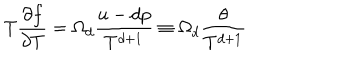
T \frac { \partial f } { \partial T } = \Omega _ { d } \frac { u - d p } { T ^ { d + 1 } } \equiv \Omega _ { d } \frac { \theta } { T ^ { d + 1 } }